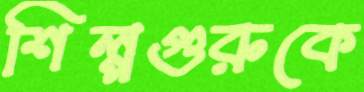
শিল্পগুরুকে